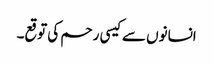
انسانوں سے کیسی رحم کی توقع۔